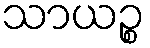
သာယဉ္စ